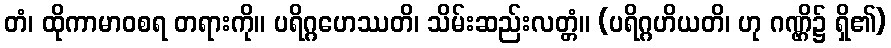
တံ၊ ထိုကာမာဝစရ တရားကို။ ပရိဂ္ဂဟေဿတိ၊ သိမ်းဆည်းလတ္တံ။ (ပရိဂ္ဂဟိယတိ၊ ဟု ဂဏ္ဌိ၌ ရှိ၏)